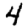
Digit: 4